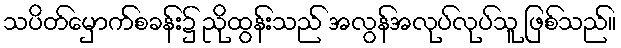
သပိတ်မှောက်စခန်း၌ ညိုထွန်းသည် အလွန်အလုပ်လုပ်သူ ဖြစ်သည်။